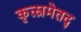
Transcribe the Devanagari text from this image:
कृत्स्नमेतद्